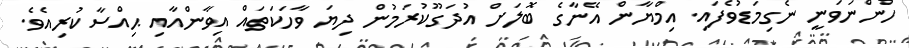
ހުންނަވަނީ ނެގިމަޑުވެފައި. އިމްޔާން އޭނާގެ ބޮލަށް އުދަގޫކުރަމުން ދިޔަ ވާހަކަތައް އިވާންއާއި ޙިއްސާކުރިއެވެ.